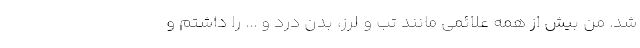
شد. من بیش از همه علائمی مانند تب و لرز، بدن درد و ... را داشتم و